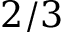
2 / 3